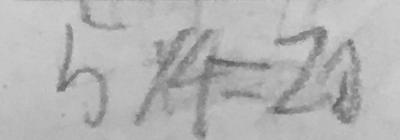
5 \times 4 = 2 0